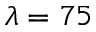
\lambda = 7 5